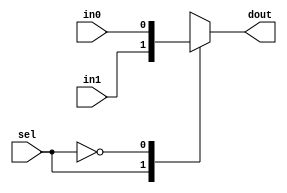
// ========== Copyright Header Begin ==========================================
// 
// OpenSPARC T1 Processor File: swrvr_dlib.v
// Copyright (c) 2006 Sun Microsystems, Inc.  All Rights Reserved.
// DO NOT ALTER OR REMOVE COPYRIGHT NOTICES.
// 
// The above named program is free software; you can redistribute it and/or
// modify it under the terms of the GNU General Public
// License version 2 as published by the Free Software Foundation.
// 
// The above named program is distributed in the hope that it will be 
// useful, but WITHOUT ANY WARRANTY; without even the implied warranty of
// MERCHANTABILITY or FITNESS FOR A PARTICULAR PURPOSE.  See the GNU
// General Public License for more details.
// 
// You should have received a copy of the GNU General Public
// License along with this work; if not, write to the Free Software
// Foundation, Inc., 51 Franklin St, Fifth Floor, Boston, MA 02110-1301, USA.
// 
// ========== Copyright Header End ============================================
// DP library

// 2:1 MUX WITH ENCODED SELECT
module dp_mux2es (dout, in0, in1, sel) ;
// synopsys template

parameter SIZE = 1;

output 	[SIZE-1:0] 	dout;
input	[SIZE-1:0]	in0;
input	[SIZE-1:0]	in1;
input			sel;

reg	[SIZE-1:0]	dout ;

always @ (sel or in0 or in1)

 begin
	   case (sel)
	     1'b1: dout = in1 ; 
	     1'b0: dout = in0;
	     default: 
         begin
            if (in0 == in1) begin
               dout = in0;
            end
            else
              dout = {SIZE{1'bx}};
         end
	   endcase // case(sel)
 end

endmodule // dp_mux2es

// ----------------------------------------------------------------------


// 4:1 MUX WITH DECODED SELECTS
module dp_mux4ds (dout, in0, in1, in2, in3, 
		     sel0_l, sel1_l, sel2_l, sel3_l) ;
// synopsys template

parameter SIZE = 1;

output 	[SIZE-1:0] 	dout;
input	[SIZE-1:0]	in0;
input	[SIZE-1:0]	in1;
input	[SIZE-1:0]	in2;
input	[SIZE-1:0]	in3;
input			sel0_l;
input			sel1_l;
input			sel2_l;
input			sel3_l;

// reg declaration does not imply state being maintained
// across cycles. Used to construct case statement and
// always updated by inputs every cycle.
reg	[SIZE-1:0]	dout ;

`ifdef VERPLEX
   $constraint dl_1c_chk4 ($one_cold ({sel3_l,sel2_l,sel1_l,sel0_l}));
`endif

wire [3:0] sel = {sel3_l,sel2_l,sel1_l,sel0_l}; // 0in one_cold
   
always @ (sel0_l or sel1_l or sel2_l or sel3_l or in0 or in1 or in2 or in3)

	case ({sel3_l,sel2_l,sel1_l,sel0_l})
		4'b1110 : dout = in0 ;
		4'b1101 : dout = in1 ;
		4'b1011 : dout = in2 ;
		4'b0111 : dout = in3 ;
		4'b1111 : dout = {SIZE{1'bx}} ;
		default : dout = {SIZE{1'bx}} ;
	endcase

endmodule // dp_mux4ds

// ----------------------------------------------------------------------


// 5:1 MUX WITH DECODED SELECTS
module dp_mux5ds (dout, in0, in1, in2, in3,  in4,
		     sel0_l, sel1_l, sel2_l, sel3_l, sel4_l) ;
// synopsys template

parameter SIZE = 1;

output 	[SIZE-1:0] 	dout;
input	[SIZE-1:0]	in0;
input	[SIZE-1:0]	in1;
input	[SIZE-1:0]	in2;
input	[SIZE-1:0]	in3;
input	[SIZE-1:0]	in4;
input			sel0_l;
input			sel1_l;
input			sel2_l;
input			sel3_l;
input			sel4_l;

// reg declaration does not imply state being maintained
// across cycles. Used to construct case statement and
// always updated by inputs every cycle.
reg	[SIZE-1:0]	dout ;

`ifdef VERPLEX
   $constraint dl_1c_chk5 ($one_cold ({sel4_l,sel3_l,sel2_l,sel1_l,sel0_l}));
`endif
   
wire [4:0] sel = {sel4_l,sel3_l,sel2_l,sel1_l,sel0_l}; // 0in one_cold

always @ (sel0_l or sel1_l or sel2_l or sel3_l or sel4_l or
		in0 or in1 or in2 or in3 or in4)

	case ({sel4_l,sel3_l,sel2_l,sel1_l,sel0_l})
		5'b11110 : dout = in0 ;
		5'b11101 : dout = in1 ;
		5'b11011 : dout = in2 ;
		5'b10111 : dout = in3 ;
		5'b01111 : dout = in4 ;
		5'b11111 : dout = {SIZE{1'bx}} ;
		default : dout = {SIZE{1'bx}} ;
	endcase

endmodule // dp_mux5ds

// --------------------------------------------------------------------

// 8:1 MUX WITH DECODED SELECTS
module dp_mux8ds (dout, in0, in1, in2, in3, 
			in4, in5, in6, in7,
		     sel0_l, sel1_l, sel2_l, sel3_l,
		     sel4_l, sel5_l, sel6_l, sel7_l) ;
// synopsys template

parameter SIZE = 1;

output 	[SIZE-1:0] 	dout;
input	[SIZE-1:0]	in0;
input	[SIZE-1:0]	in1;
input	[SIZE-1:0]	in2;
input	[SIZE-1:0]	in3;
input	[SIZE-1:0]	in4;
input	[SIZE-1:0]	in5;
input	[SIZE-1:0]	in6;
input	[SIZE-1:0]	in7;
input			sel0_l;
input			sel1_l;
input			sel2_l;
input			sel3_l;
input			sel4_l;
input			sel5_l;
input			sel6_l;
input			sel7_l;

// reg declaration does not imply state being maintained
// across cycles. Used to construct case statement and
// always updated by inputs every cycle.
reg	[SIZE-1:0]	dout ;

`ifdef VERPLEX
   $constraint dl_1c_chk8 ($one_cold ({sel7_l,sel6_l,sel5_l,sel4_l,
				       sel3_l,sel2_l,sel1_l,sel0_l}));
`endif

wire [7:0] sel = {sel7_l,sel6_l,sel5_l,sel4_l,
                  sel3_l,sel2_l,sel1_l,sel0_l}; // 0in one_cold

always @ (sel0_l or sel1_l or sel2_l or sel3_l or in0 or in1 or in2 or in3 or
	  sel4_l or sel5_l or sel6_l or sel7_l or in4 or in5 or in6 or in7)

	case ({sel7_l,sel6_l,sel5_l,sel4_l,sel3_l,sel2_l,sel1_l,sel0_l})
		8'b11111110 : dout = in0 ;
		8'b11111101 : dout = in1 ;
		8'b11111011 : dout = in2 ;
		8'b11110111 : dout = in3 ;
		8'b11101111 : dout = in4 ;
		8'b11011111 : dout = in5 ;
		8'b10111111 : dout = in6 ;
		8'b01111111 : dout = in7 ;
		8'b11111111 : dout = {SIZE{1'bx}} ;
		default : dout = {SIZE{1'bx}} ;
	endcase

endmodule // dp_mux8ds


// ----------------------------------------------------------------------


// 3:1 MUX WITH DECODED SELECTS
module dp_mux3ds (dout, in0, in1, in2, 
		     sel0_l, sel1_l, sel2_l);
// synopsys template

parameter SIZE = 1;

output 	[SIZE-1:0] 	dout;
input	[SIZE-1:0]	in0;
input	[SIZE-1:0]	in1;
input	[SIZE-1:0]	in2;
input			sel0_l;
input			sel1_l;
input			sel2_l;

// reg declaration does not imply state being maintained
// across cycles. Used to construct case statement and
// always updated by inputs every cycle.
reg	[SIZE-1:0]	dout ;

`ifdef VERPLEX
   $constraint dl_1c_chk3 ($one_cold ({sel2_l,sel1_l,sel0_l}));
`endif

wire [2:0] sel = {sel2_l,sel1_l,sel0_l}; // 0in one_cold
   
always @ (sel0_l or sel1_l or sel2_l or in0 or in1 or in2)

	case ({sel2_l,sel1_l,sel0_l})
		3'b110 : dout = in0 ;
		3'b101 : dout = in1 ;
		3'b011 : dout = in2 ;
	        default : dout = {SIZE{1'bx}} ;
	endcase

endmodule // dp_mux3ds

// ----------------------------------------------------------------------


module dp_buffer(dout, in);
// synopsys template

parameter SIZE = 1;

output 	[SIZE-1:0] 	dout;
input	[SIZE-1:0]	in;

assign dout = in;

endmodule // dp_buffer